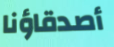
أصدقاؤنا